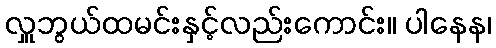
လှူဘွယ်ထမင်းနှင့်လည်းကောင်း။ ပါနေန၊